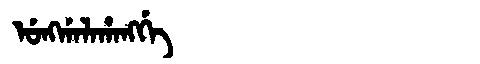
Manchu: ᡠᠩᡤᠠᠯᠠᡥᠠᠩᡤᡝ
Romanization: UNGGALAHANGGE